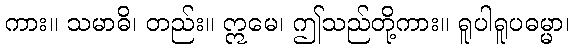
ကား။ သမာဓိ၊ တည်း။ ဣမေ၊ ဤသည်တို့ကား။ ရူပါရူပဓမ္မာ၊